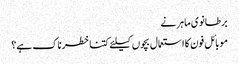
برطانوی ماہر نے
موبائل فون کا استعمال بچوں کیلئے کتنا خطرناک ہے؟